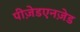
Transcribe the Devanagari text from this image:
पीज़ेडएनज़ेड